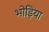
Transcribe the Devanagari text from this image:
भोड़िया